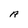
Character: A